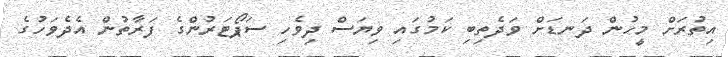
އިތުރަށް މީހުން ދަނޑަށް ވަދެތިބި ކަމުގައި ވިޔަސް ދިވެހި ސަޕޯޓަރުންގެ ފަރާތުން އެދެވަހުގެ